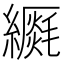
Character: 𦆡